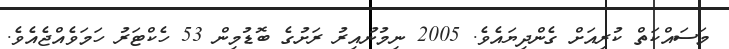
މަސައްކަތް ކުރިއަށް ގެންދިޔައެވެ. 2005 ނިމުނުއިރު ރަށުގެ ބޮޑުމިން 53 ހެކްޓަރު ހަމަވެއްޖެއެވެ.